Medical and sanitary report of the native army of Bengal for the year
Year: 1875
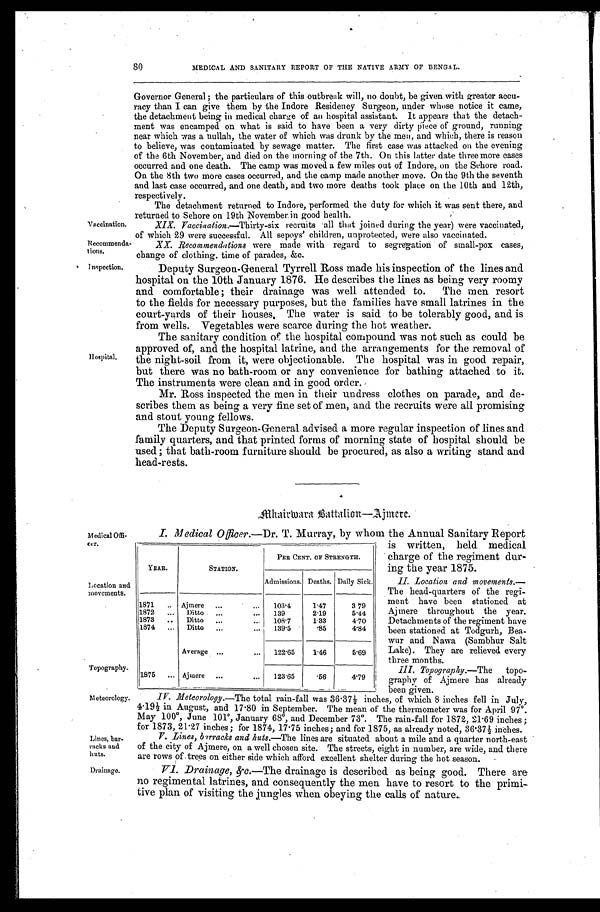
Vaccination.
Recommenda
-tions.
Topography.
Meteorology.
80
MEDICAL AND SANITARY REPORT OF THE NATIVE ARMY OF BENGAL.
Governor General; the particulars of this outbreak will, no doubt, be given with greater accu
- r a c y t h a n I c a n g i v e t h e m b y t h e I n d o r e R e s i d e n c y S u r g e o n , u n d e r w h o s e n o t i c e i t c a m e ,
the detachment being in medical charge of an hospital assistant. It appears that the detach-
- m e n t w a s e n c a m p e d o n w h a t i s s a i d t o h a v e b e e n a v e r y d i r t y p i e c e o f g r o u n d , r u n n i n g
near which was a nullah, the water of which was drunk by the men, and which, there is reason
to believe, was contaminated by sewage matter. The first case was attacked on the evening
of the 6th November, and died on the morning of the 7th. On this latter date three more cases
occurred and one death. The camp was moved a few miles out of Indore, on the Sehore road.
On the 8th two more cases occurred, and the camp made another move. On the 9th the seventh
and last case occurred, and one death, and two more deaths took place on the 10th and 12th,
respectively.
The detachment returned to Indore, performed the duty for which it was sent there, and
returned to Sehore on 19th November, in good health.
XIX. Vaccination.—Thirty-six recruits all that joined during the year) were vaccinated,
of which 29 were successful. All sepoys' children, unprotected, were also vaccinated.
XX. Recommendations were made with regard to segregation of small-pox cases,
change of clothing. time of parades, &c.
Inspection.
Hospital.
Deputy Surgeon-General Tyrrell Ross made his inspection of the lines and
hospital on the 10th January 1876. He describes the lines as being very roomy
and comfortable ; their drainage was well attended to. The men resort
to the fields for necessary purposes, but the families have small latrines in the
court-yards of their houses, The water is said to be tolerably good, and is
from wells. Vegetables were scarce during the hot weather.
The sanitary condition of the hospital compound was not such as could be
approved of, and the hospital latrine, and the arrangements for the removal of
the night-soil from it, were objectionable. The hospital was in good repair,
but there was no bath-room or any convenience for bathing attached to it.
The instruments were clean and in g ood order.
Mr. Ross inspected the men in their undress clothes on parade, and de
-
scribes them as being a very fine set of men, and the recruits were all promising
and stout young fellows.
The Deputy Surgeon-General advised a more regular inspection of lines and
family quarters, and that printed forms of morning state of hospital should be
used ; that bath-room furniture should be procured, as also a writing stand and
head-rests.
Mhairwara Battalion—Ajmere.
Medical Of
fi-cer.
Location and
movements.
Lines, bar
-racks and huts.
I. Medical Officer.—Dr. T. Murray. by whom the Annual Sanitary Report
is written, held medical
charge of the regiment dur-
ing the year 1875.
II. Location and movements.—
The head-quarters of the regi
- m e n t h a v e b e e n s t a t i o n e d a t
Ajmere throughout the year.
Detachments of the regiment have
been stationed at Todgurh, Bea
- w u r a n d N a w a ( S a m b h u r S a l t
Lake). They are relieved every
three months.
III. Topography .—The topo
- g r a p h y o f A j m e r e h a s a l r e a d y
been given.
IV. Meteorology .—The total rain-fall was 36.37½ inches, of which 8 inches fell in July,
4.19½ in August, and 17.80 in September. The mean of the thermometer was for April 97°.
May 100°, June 101°, January 68°, and December 73°. The rain-fall for 1872, 21.69 inches ;
for 1873, 21.27 inches ; for 1874, 17.75 inches; and for 1875, as already noted, 36.37½ inches.
V. Lines, barracks and huts.—The lines are situated about a mile and a quarter north-east
of the city of Ajmere, on a well chosen site. The streets, eight in number, are wide, and there
are rows of trees on either side which afford excellent shelter during the hot season.
YEAR.
STATION.
PER CENT. OF STRENGTH.
Admissions. Deaths. Daily Sick.
1871 . . . Ajmere . . .
103.4
1.47
3.79
1872 . . . Ditto . . .
139
2.19
5.44
1873 . . .
Ditto . . .
108.7
1.33
4.70
1874 . . . Ditto . . .
139.5
.85
4.84
Average . . .
122.65
1.46
5.69
1875 . . . Ajmere . . .
123.65
.56
4.79
Drainage.
VI. Drainage, &c .—The drainage is described as being good. There are
no regimental latrines, and consequently the men have to resort to the primi-
-tive plan of visiting the jungles when obeying the calls of nature.